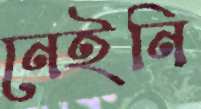
নেইনি